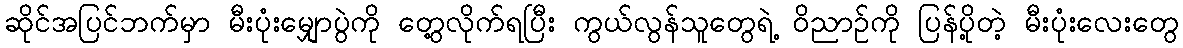
ဆိုင်အပြင်ဘက်မှာ မီးပုံးမျှောပွဲကို တွေ့လိုက်ရပြီး ကွယ်လွန်သူတွေရဲ့ ဝိညာဉ်ကို ပြန်ပို့တဲ့ မီးပုံးလေးတွေ